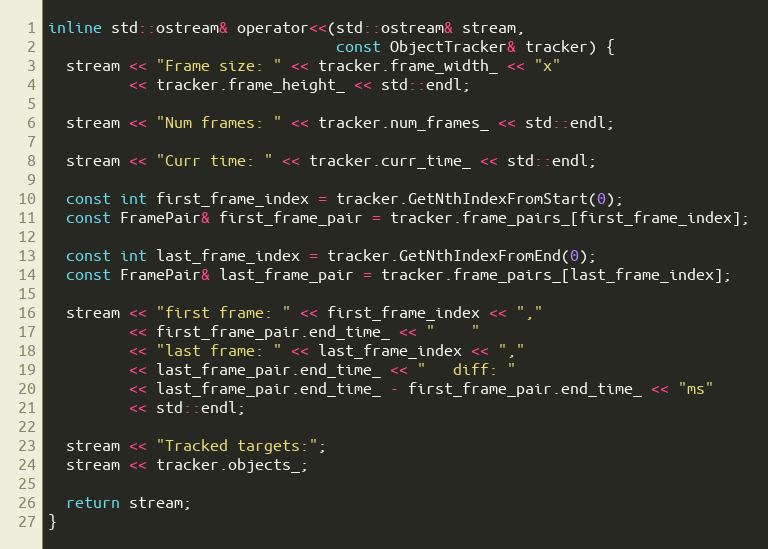
Language: C
inline std::ostream& operator<<(std::ostream& stream,
                                const ObjectTracker& tracker) {
  stream << "Frame size: " << tracker.frame_width_ << "x"
         << tracker.frame_height_ << std::endl;

  stream << "Num frames: " << tracker.num_frames_ << std::endl;

  stream << "Curr time: " << tracker.curr_time_ << std::endl;

  const int first_frame_index = tracker.GetNthIndexFromStart(0);
  const FramePair& first_frame_pair = tracker.frame_pairs_[first_frame_index];

  const int last_frame_index = tracker.GetNthIndexFromEnd(0);
  const FramePair& last_frame_pair = tracker.frame_pairs_[last_frame_index];

  stream << "first frame: " << first_frame_index << ","
         << first_frame_pair.end_time_ << "    "
         << "last frame: " << last_frame_index << ","
         << last_frame_pair.end_time_ << "   diff: "
         << last_frame_pair.end_time_ - first_frame_pair.end_time_ << "ms"
         << std::endl;

  stream << "Tracked targets:";
  stream << tracker.objects_;

  return stream;
}